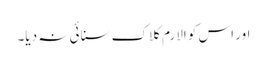
اور اس کو الارم کلاک سنائی نہ دیا۔